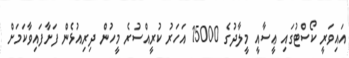
އައިވަރީ ކޯސްޓުގައި ޢީސާއީ މީލާދުގެ 15000 އަހަރު ކުރީއްސުރެ މީހުން ދިރިއުޅެން ފަށާފައިވާކަމަށް